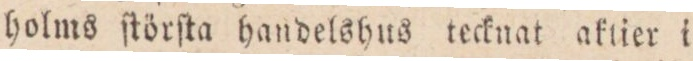
holms ſtörſta handelshus tecknat aktier i